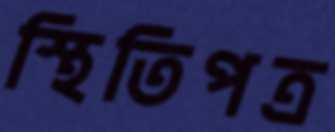
স্থিতিপত্র